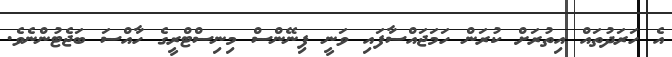
އެ ހަރަދުތައް އިތުރަށް ކުރަން ހަމަޖައްސާފައި ވަނީ ފިނޭންސް މިނިސްޓްރީގެ ހާއްސަ ބަޖެޓުންނެވެ.